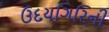
ઉદયગિરિની